Civil Veterinary Department Bengal reports 1923-33 - 1923-1933
Year: 1923
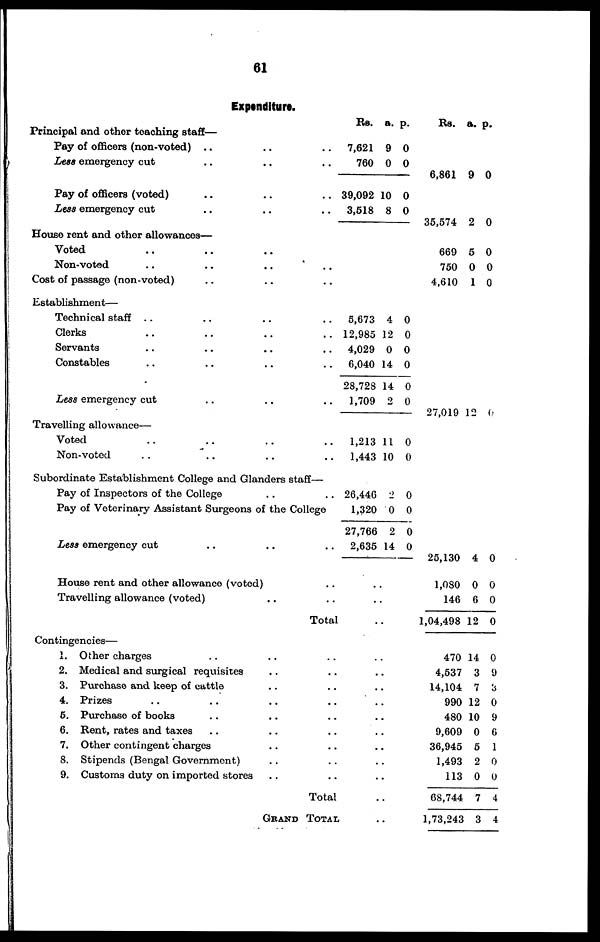
61
Expenditure.
Principal and other teaching staff—
Pay of officers (non-voted) .. .. ..
Less emergency cut .. .. ..
Pay of officers (voted) .. .. ..
Less emergency cut .. .. ..
House rent and other allowances—
Voted .. .. ..
Non-voted .. .. .. ..
Cost of passage (non-voted) .. .. ..
Establishment—
Technical staff .. .. .. ..
Clerks .. .. .. ..
Servants .. .. .. ..
Constables .. .. .. ..
Less emergency cut .. .. ..
Travelling allowance—
Voted .. .. .. ..
Non-voted .. .. .. ..
Subordinate Establishment College and Glanders staff—
Pay of Inspectors of the College .. ..
Pay of Veterinary Assistant Surgeons of the College
Less emergency cut .. .. ..
House rent and other allowance (voted) ..
Travelling allowance (voted) .. ..
Total
Rs.
7,621
760
39,092
3,518
5,673
12,985
4,029
6,040
28,728
1,709
1,213
1,443
26,446
1,320
27,766
2,635
a.
9
0
10
8
4
12
0
14
14
2
11
10
2
0
2
14
..
..
..
p.
0
0
0
0
0
0
0
0
0
0
0
0
0
0
0
0
Rs.
6,861
35,574
669
750
4,610
27,019
25,130
1,080
146
1,04,498
a.
9
2
5
0
1
12
4
0
6
12
p.
0
0
0
0
0
0
0
0
0
0
Contingencies—
1.
2.
3.
4.
5.
6.
7.
8.
9.
Other charges .. .. .. ..
Medical and surgical requisites .. .. ..
Purchase and keep of cattle .. .. ..
Prizes .. .. .. .. ..
Purchase of books .. .. .. ..
Rent, rates and taxes .. .. .. ..
Other contingent charges .. .. ..
Stipends (Bengal Government) .. .. ..
Customs duty on imported stores .. .. ..
Total ..
GRAND TOTAL ..
470
4,537
14,104
990
480
9,609
36,945
1,493
113
68,744
1,73,243
14
3
7
12
10
0
5
2
0
7
3
0
9
3
0
9
6
1
0
0
4
4